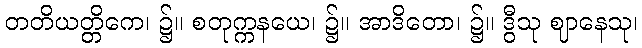
တတိယတ္တိကေ၊ ၌။ စတုက္ကနယေ၊ ၌။ အာဒိတော၊ ၌။ ဒွီသု ဈာနေသု၊